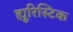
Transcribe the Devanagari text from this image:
ह्यूरिस्टिक